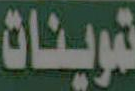
تموينات